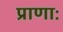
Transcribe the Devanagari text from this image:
प्राणाः